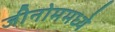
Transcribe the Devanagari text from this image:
जीनोममध्ये